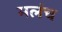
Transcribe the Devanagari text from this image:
मलंच